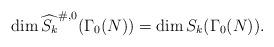
LaTeX: \begin{align*}\dim \widehat{S_{k}}^{\# ,0} ( \Gamma _{0}( N) ) = \dim S_{k}( \Gamma _{0}( N) ). \end{align*}